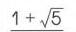
$1 + \sqrt{5}$